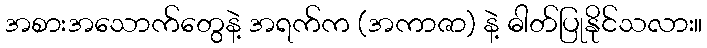
အစားအသောက်တွေနဲ့ အရက်က (အကာဇာ) နဲ့ ဓါတ်ပြုနိုင်သလား။